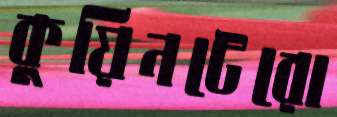
কুয়িনটেরো